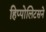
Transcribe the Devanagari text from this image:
हिप्पोलिटसने